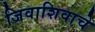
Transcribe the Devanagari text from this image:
जिवाशिवाचे